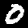
Label: 0